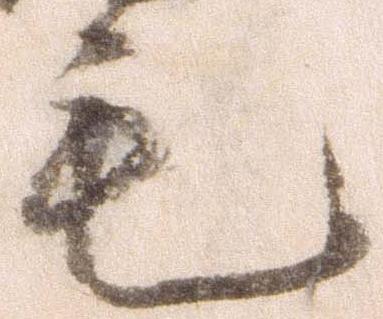
毛